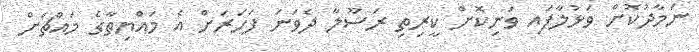
ނަމާދުކޮށް ވަޅުލާފައި ވަނިކޮށް ކީރިތި ރަސޫލާ ދެވަނަ ފަހަރަށް އެ މައްޔިތާގެ މައްޗަށް